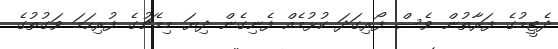
ދެޓީމުގެ ފަރާތުން ވެސް ފޯރިގަދަ ކުޅުމެއް ފެނިގެން ދިޔަ މިމެޗުގެ ފުރިހަމަ ވަގުތުގެ